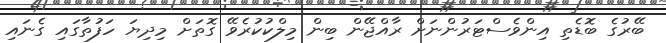
ބޭރުގެ ބޮޑެތި އިންވެސްޓަރުންނަށް ރާއްޖޭން ބިން މިލްކުކުރެވޭ ގޮތަށް މިދިޔަ ހަފުތާގައި ގެނައި